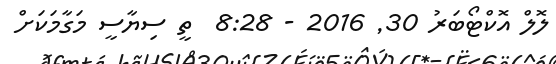
ލޮލް އޮކްޓޯބަރު 30